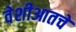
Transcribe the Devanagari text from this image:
वेशीआतचे